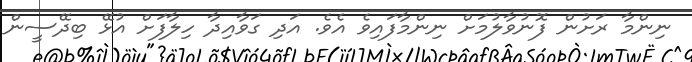
ނިންމާ ރަށުން ފޮނުވާލުމަށް ނިންމާފައިވެ އެވެ. އަދި ގަވާއިދާ ހިލާފަށް އުޅޭ ބިދޭސީން